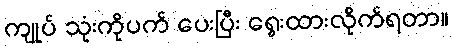
ကျုပ် သုံးကိုပက် ပေးပြီး ရွေးထားလိုက်ရတာ။